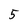
Character: 5